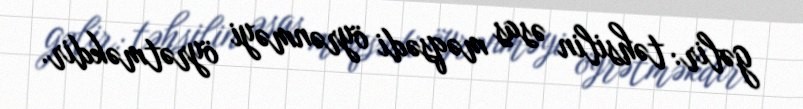
gəlir: təhsilin əsas məqsədi öyrənməyi öyrətməkdir.